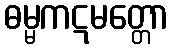
ဓမ္မကဋမတ္တော